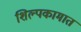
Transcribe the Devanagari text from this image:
शिल्पकामात